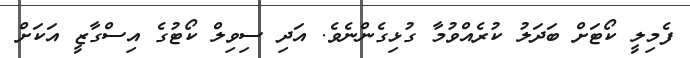
ފެމިލީ ކޯޓަށް ބަދަލު ކުރެއްވުމާ ގުޅިގެންނެވެ. އަދި ސިވިލް ކޯޓުގެ އިސްގާޒީ އަކަށް